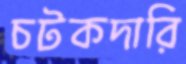
চটকদারি